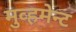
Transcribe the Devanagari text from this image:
मुव्हमेन्ट